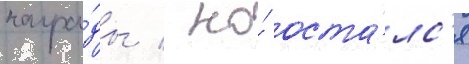
награ́ды / но́ оста́лс'я